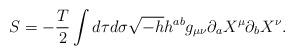
LaTeX: \begin{align*}S= -\frac{T}{2} \int d\tau d\sigma \sqrt{-h} h^{ab} g_{\mu\nu}\partial_{a} X^{\mu} \partial_{b}X^{\nu} .\end{align*}